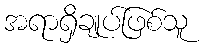
အရာရှိချုပ်ဖြစ်သူ